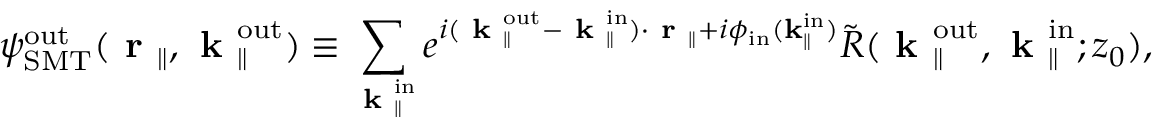
{ \psi } _ { \mathrm { S M T } } ^ { \mathrm { o u t } } ( \textbf { r } _ { \parallel } , \textbf { k } _ { \parallel } ^ { \mathrm { o u t } } ) \equiv \sum _ { \textbf { k } _ { \parallel } ^ { \mathrm { i n } } } e ^ { i ( \textbf { k } _ { \parallel } ^ { \mathrm { o u t } } - \textbf { k } _ { \parallel } ^ { \mathrm { i n } } ) \cdot \textbf { r } _ { \parallel } + i \phi _ { \mathrm { i n } } ( \bf k _ { \parallel } ^ { \mathrm { i n } } ) } \Tilde { R } ( \textbf { k } _ { \parallel } ^ { \mathrm { o u t } } , \textbf { k } _ { \parallel } ^ { \mathrm { i n } } ; z _ { 0 } ) ,